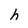
Character: h